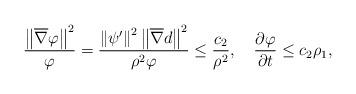
LaTeX: \begin{align*}\frac{\left \|\overline{\nabla}\varphi\right \|^{2}}{\varphi}=\frac{\left \|\psi'\right \|^{2}\left \|\overline{\nabla} d\right \|^{2}}{\rho^{2}\varphi}\leq \frac{c_{2}}{\rho^{2}},\quad\frac{\partial \varphi}{\partial t}\leq c_{2}\rho_{1},\end{align*}